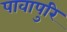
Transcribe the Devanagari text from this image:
पावापुरि